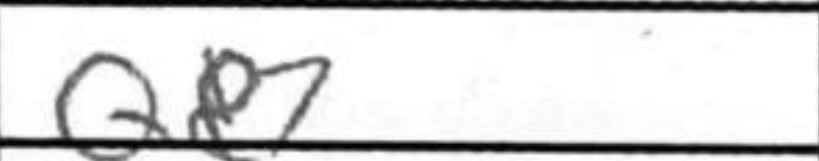
Transcription: Qe7